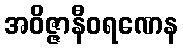
အဝိဇ္ဇာနီဝရဏေန